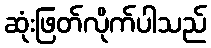
ဆုံးဖြတ်လိုက်ပါသည်